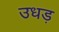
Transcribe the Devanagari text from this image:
उधड़